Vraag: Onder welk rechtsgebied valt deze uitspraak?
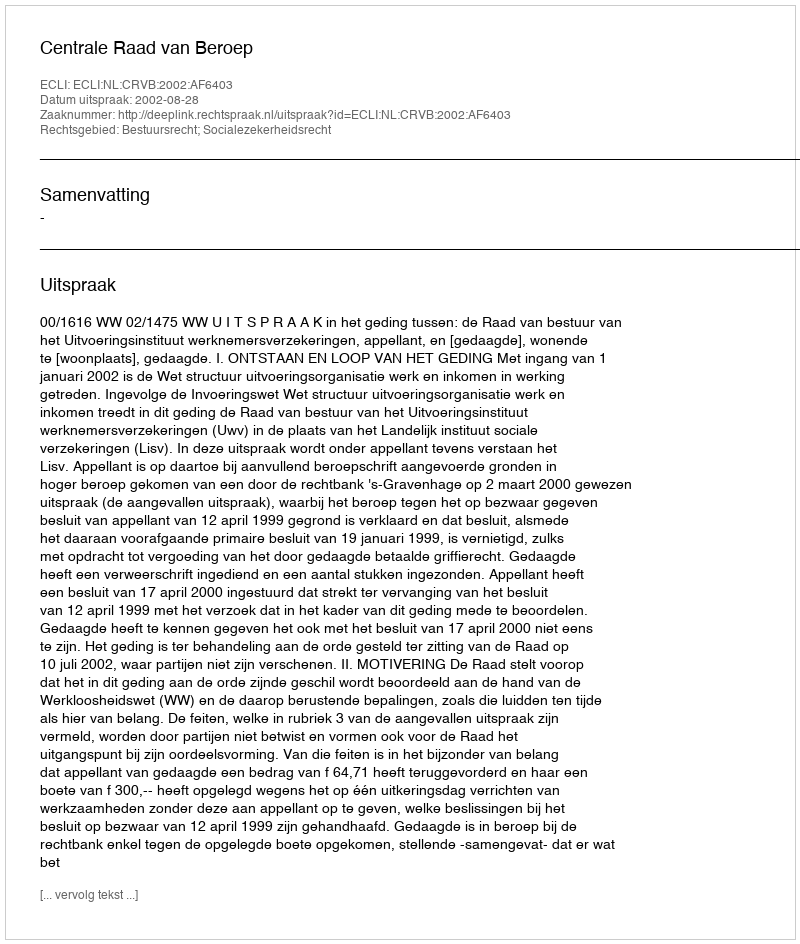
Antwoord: Bestuursrecht; Socialezekerheidsrecht